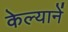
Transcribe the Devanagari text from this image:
केल्यानें